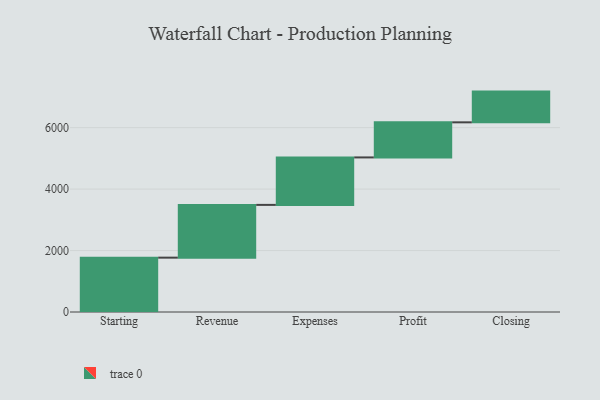
{"axis": {"x": "Step", "y": "Value"}, "legend": [""], "data": [{"x": "Starting", "y": 1769.0, "type": ""}, {"x": "Revenue", "y": 1717.0, "type": ""}, {"x": "Expenses", "y": 1545.0, "type": ""}, {"x": "Profit", "y": 1142.0, "type": ""}, {"x": "Closing", "y": 1000, "type": ""}]}